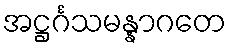
အဋ္ဌင်္ဂသမန္နာဂတေ